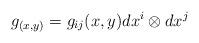
LaTeX: \begin{align*}g_{(x,y)}=g_{ij}(x,y)dx^{i}\otimes dx^{j} \end{align*}